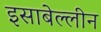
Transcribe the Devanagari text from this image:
इसाबेल्लीन